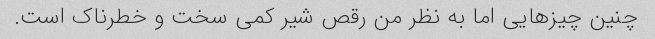
چنین چیزهایی اما به نظر من رقص شیر کمی سخت و خطرناک است.